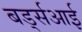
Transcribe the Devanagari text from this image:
बर्ड्सआई